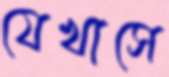
যেখাসে